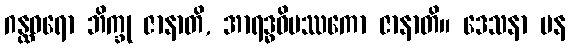
ဂန္ထဓရော ဘိက္ခု ဇာနာတိ, အာရဒ္ဓဝိပဿကော ဇာနာတိ။ ဒေသနာ ပန